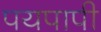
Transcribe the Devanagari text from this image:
पयपापी